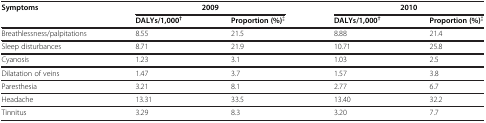
<table><thead><tr><td rowspan="2"><b>Symptoms</b></td><td><b> </b></td><td><b> </b></td><td colspan="2"><b>2009</b></td><td colspan="2"><b>2010</b></td></tr><tr><td><b>DALYs/1,000<sup>†</sup></b></td><td><b>Proportion (%)<sup>‡</sup></b></td><td><b>DALYs/1,000<sup>†</sup></b></td><td><b>Proportion (%)<sup>‡</sup></b></td><td><b> </b></td></tr></thead><tbody><tr><td>Breathlessness/palpitations</td><td>8.55</td><td>21.5</td><td>8.88</td><td>21.4</td></tr><tr><td>Sleep disturbances</td><td>8.71</td><td>21.9</td><td>10.71</td><td>25.8</td></tr><tr><td>Cyanosis</td><td>1.23</td><td>3.1</td><td>1.03</td><td>2.5</td></tr><tr><td>Dilatation of veins</td><td>1.47</td><td>3.7</td><td>1.57</td><td>3.8</td></tr><tr><td>Paresthesia</td><td>3.21</td><td>8.1</td><td>2.77</td><td>6.7</td></tr><tr><td>Headache</td><td>13.31</td><td>33.5</td><td>13.40</td><td>32.2</td></tr><tr><td>Tinnitus</td><td>3.29</td><td>8.3</td><td>3.20</td><td>7.7</td></tr></tbody></table>